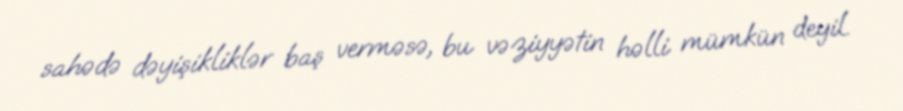
sahədə dəyişikliklər baş verməsə, bu vəziyyətin həlli mümkün deyil.